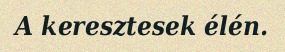
A keresztesek élén.